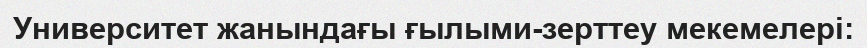
Университет жанындағы ғылыми-зерттеу мекемелері: